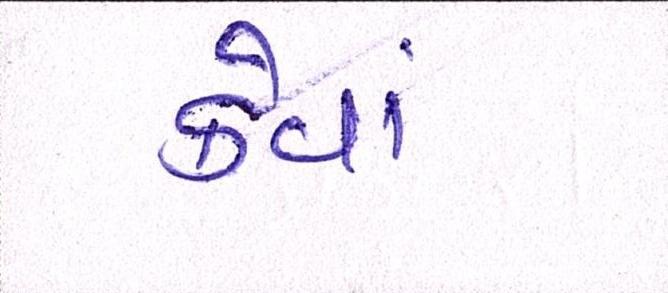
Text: કેવાં